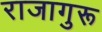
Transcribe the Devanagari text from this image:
राजागुरू